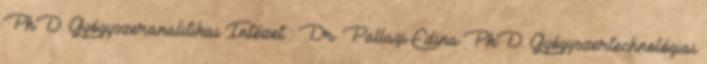
PhD. Gyógyszeranalitikai Intézet : Dr. Pallagi Edina PhD. Gyógyszertechnológiai